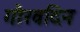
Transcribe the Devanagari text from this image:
गौरवदिन